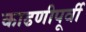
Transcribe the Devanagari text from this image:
काढणीपूर्वी